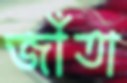
জাঁতা